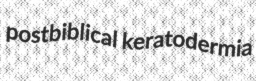
postbiblical keratodermia